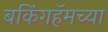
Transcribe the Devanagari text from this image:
बकिंगहॅमच्या